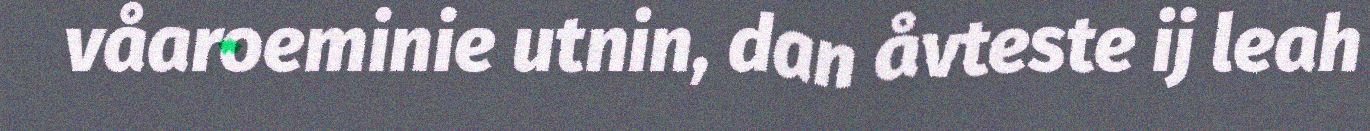
våaroeminie utnin, dan åvteste ij leah